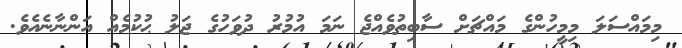
މިމައްސަލަ މިމީހުންގެ މައްޗަށް ސާބިތުވެއްޖެ ނަމަ އުމުރު ދުވަހުގެ ޖަލު ޙުކުމެއް އަންނާނެއެވެ.